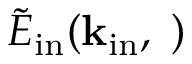
\tilde { E } _ { \mathrm { i n } } ( \bf k _ { \mathrm { i n } } , \omega )